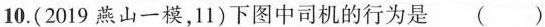
10.(2019燕山一模，11)下图中司机的行为是()